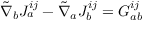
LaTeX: { \tilde { \nabla } } _ { b } J _ { a } ^ { i j } - { \tilde { \nabla } } _ { a } J _ { b } ^ { i j } = G _ { a b } ^ { i j }